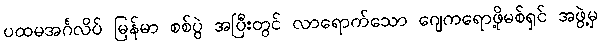
ပထမအင်္ဂလိပ် မြန်မာ စစ်ပွဲ အပြီးတွင် လာရောက်သော ဂျေကရောဖို့မစ်ရှင် အဖွဲ့မှ